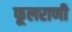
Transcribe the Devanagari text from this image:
फूलराणी